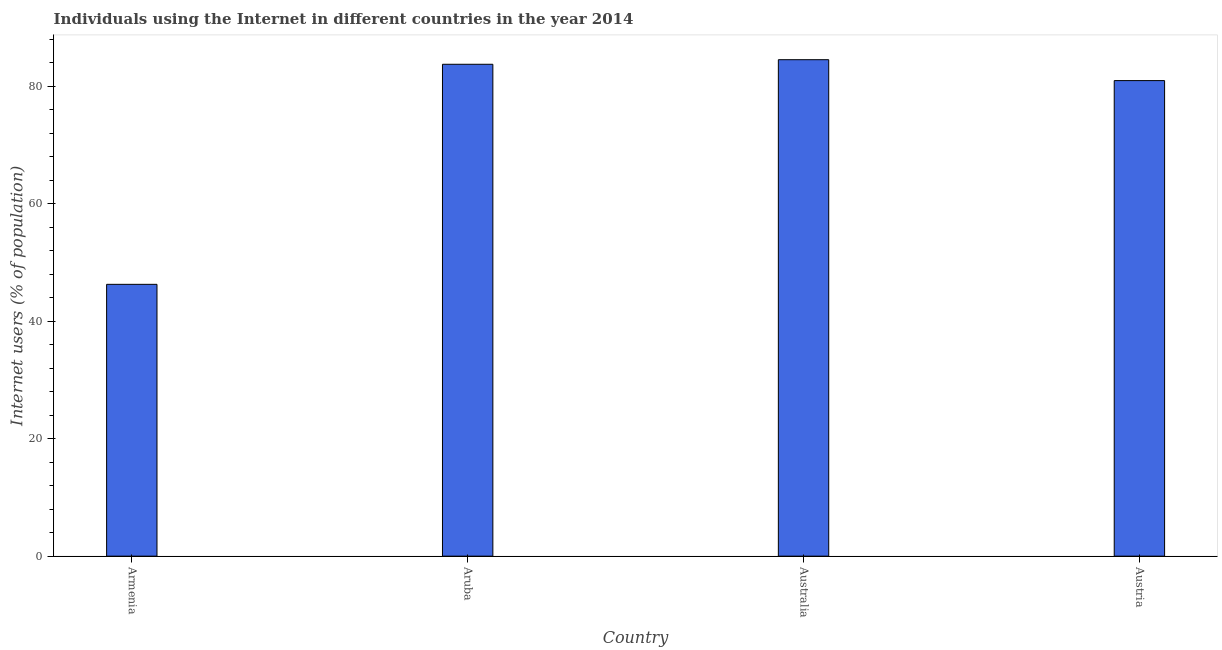
| Country | Internet users |
 | --- | --- |
 | Armenia | 46.3 |
 | Aruba | 83.8 |
 | Australia | 84.6 |
 | Austria | 81 |